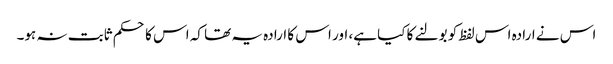
اس نے ارادہ اس لفظ کو بولنے کا کیا ہے، اور اس کا ارادہ یہ تھا کہ اس کا حکم ثابت نہ ہو۔